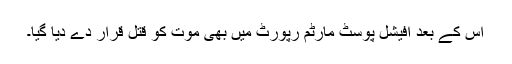
اس کے بعد آفیشل پوسٹ مارٹم رپورٹ میں بھی موت کو قتل قرار دے دیا گیا۔